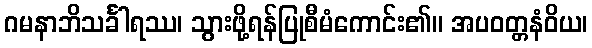
ဂမနာဘိသင်္ခါရဿ၊ သွားဖို့ရန်ပြုစီမံကောင်း၏။ အပဝတ္တနံဝိယ၊